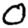
Digit: 0